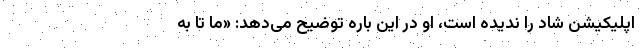
اپلیکیشن شاد را ندیده است، او در این باره توضیح می‌دهد: «ما تا به